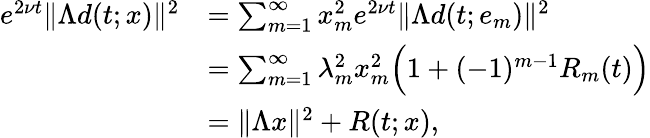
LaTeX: \begin{array}{rl}{e^{2\nu t}\| \Lambda d(t;x)\| ^{2}}&{=\sum_{m=1}^{\infty}x_{m}^{2}e^{2\nu t}\| \Lambda d(t;e_{m})\| ^{2}}\\ &{=\sum_{m=1}^{\infty}\lambda_{m}^{2}x_{m}^{2}\Big(1+(-1)^{m-1}R_{m}(t)\Big)}\\ &{=\| \Lambda x\| ^{2}+R(t;x),}\end{array}